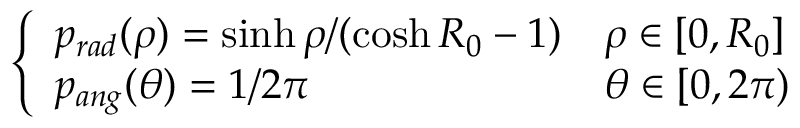
\left\{ \begin{array} { l l } { p _ { r a d } ( \rho ) = \sinh \rho / ( \cosh R _ { 0 } - 1 ) } & { \rho \in [ 0 , R _ { 0 } ] } \\ { p _ { a n g } ( \theta ) = 1 / 2 \pi } & { \theta \in [ 0 , 2 \pi ) } \end{array} \right.